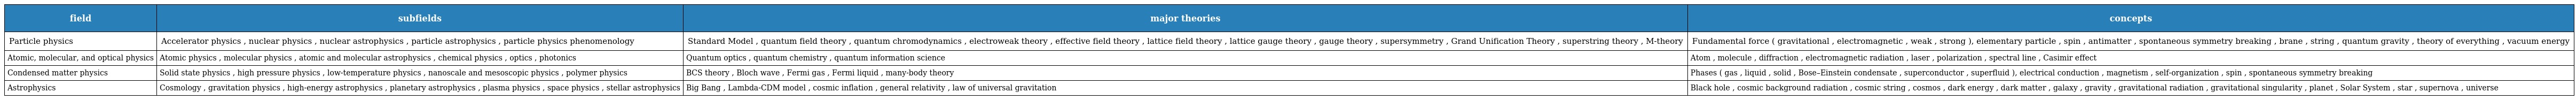
| field | subfields | major theories | concepts |
 | --- | --- | --- | --- |
 | Particle physics | Accelerator physics , nuclear physics , nuclear astrophysics , particle astrophysics , particle physics phenomenology | Standard Model , quantum field theory , quantum chromodynamics , electroweak theory , effective field theory , lattice field theory , lattice gauge theory , gauge theory , supersymmetry , Grand Unification Theory , superstring theory , M-theory | Fundamental force ( gravitational , electromagnetic , weak , strong ), elementary particle , spin , antimatter , spontaneous symmetry breaking , brane , string , quantum gravity , theory of everything , vacuum energy |
 | Atomic, molecular, and optical physics | Atomic physics , molecular physics , atomic and molecular astrophysics , chemical physics , optics , photonics | Quantum optics , quantum chemistry , quantum information science | Atom , molecule , diffraction , electromagnetic radiation , laser , polarization , spectral line , Casimir effect |
 | Condensed matter physics | Solid state physics , high pressure physics , low-temperature physics , nanoscale and mesoscopic physics , polymer physics | BCS theory , Bloch wave , Fermi gas , Fermi liquid , many-body theory | Phases ( gas , liquid , solid , Bose–Einstein condensate , superconductor , superfluid ), electrical conduction , magnetism , self-organization , spin , spontaneous symmetry breaking |
 | Astrophysics | Cosmology , gravitation physics , high-energy astrophysics , planetary astrophysics , plasma physics , space physics , stellar astrophysics | Big Bang , Lambda-CDM model , cosmic inflation , general relativity , law of universal gravitation | Black hole , cosmic background radiation , cosmic string , cosmos , dark energy , dark matter , galaxy , gravity , gravitational radiation , gravitational singularity , planet , Solar System , star , supernova , universe |